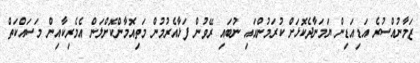
ޒަމާނުއްސުރެ އަޑިއަޑިން ޔަމަނާދެކޮޅަށް ކުރަމުންއައި ނުބައި ރޭވުން ފަޅާއެރުމުން މަތިއޮމާންކޮށްލަން އެމެރިކާއިން މަސައްކަތް